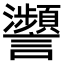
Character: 𧮝